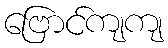
ဗြောင်ကျကျ